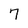
Character: 7